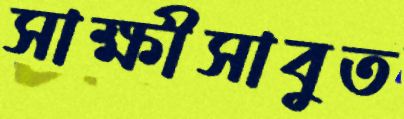
সাক্ষীসাবুত